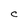
Character: C